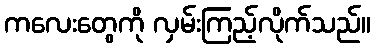
ကလေးတွေကို လှမ်းကြည့်လိုက်သည်။